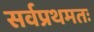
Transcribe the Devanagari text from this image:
सर्वप्रथमतः